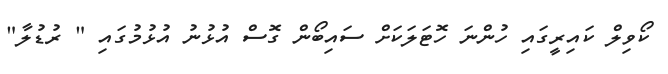
ކޯވިލް ކައިރީގައި ހުންނަ ހޮޓަލަކަށް ސައިބޯން ގޮސް އުޅުނު އުޅުމުގައި " ރުޑުލާ"